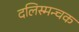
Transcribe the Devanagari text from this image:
दलिस्मन्चक